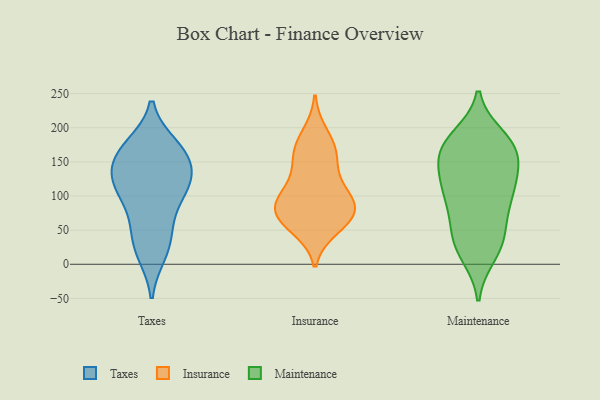
{"axis": {"x": "Inventory Turnover", "y": "Value"}, "legend": ["Insurance", "Maintenance", "Taxes"], "data": [{"x": "", "y": 47, "type": "Taxes"}, {"x": "", "y": 114, "type": "Taxes"}, {"x": "", "y": 16, "type": "Taxes"}, {"x": "", "y": 171, "type": "Taxes"}, {"x": "", "y": 94, "type": "Taxes"}, {"x": "", "y": 111, "type": "Taxes"}, {"x": "", "y": 21, "type": "Taxes"}, {"x": "", "y": 163, "type": "Taxes"}, {"x": "", "y": 162, "type": "Taxes"}, {"x": "", "y": 56, "type": "Taxes"}, {"x": "", "y": 130, "type": "Taxes"}, {"x": "", "y": 146, "type": "Taxes"}, {"x": "", "y": 132, "type": "Taxes"}, {"x": "", "y": 108, "type": "Taxes"}, {"x": "", "y": 173, "type": "Taxes"}, {"x": "", "y": 169, "type": "Insurance"}, {"x": "", "y": 67, "type": "Insurance"}, {"x": "", "y": 86, "type": "Insurance"}, {"x": "", "y": 113, "type": "Insurance"}, {"x": "", "y": 85, "type": "Insurance"}, {"x": "", "y": 191, "type": "Insurance"}, {"x": "", "y": 161, "type": "Insurance"}, {"x": "", "y": 91, "type": "Insurance"}, {"x": "", "y": 87, "type": "Insurance"}, {"x": "", "y": 158, "type": "Insurance"}, {"x": "", "y": 53, "type": "Insurance"}, {"x": "", "y": 59, "type": "Insurance"}, {"x": "", "y": 124, "type": "Insurance"}, {"x": "", "y": 74, "type": "Insurance"}, {"x": "", "y": 78, "type": "Maintenance"}, {"x": "", "y": 126, "type": "Maintenance"}, {"x": "", "y": 118, "type": "Maintenance"}, {"x": "", "y": 154, "type": "Maintenance"}, {"x": "", "y": 180, "type": "Maintenance"}, {"x": "", "y": 167, "type": "Maintenance"}, {"x": "", "y": 45, "type": "Maintenance"}, {"x": "", "y": 116, "type": "Maintenance"}, {"x": "", "y": 90, "type": "Maintenance"}, {"x": "", "y": 21, "type": "Maintenance"}, {"x": "", "y": 169, "type": "Maintenance"}, {"x": "", "y": 174, "type": "Maintenance"}, {"x": "", "y": 172, "type": "Maintenance"}, {"x": "", "y": 40, "type": "Maintenance"}, {"x": "", "y": 32, "type": "Maintenance"}, {"x": "", "y": 186, "type": "Maintenance"}, {"x": "", "y": 138, "type": "Maintenance"}, {"x": "", "y": 111, "type": "Maintenance"}, {"x": "", "y": 84, "type": "Maintenance"}, {"x": "", "y": 14, "type": "Maintenance"}]}